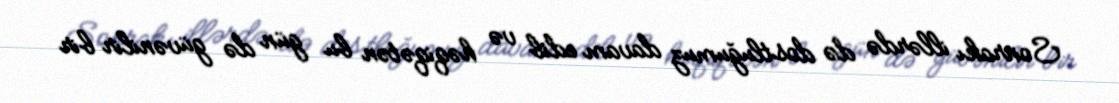
Sonrakı illərdə də dostluğumuz davam edib və həqiqətən bu gün də güvənilir bir